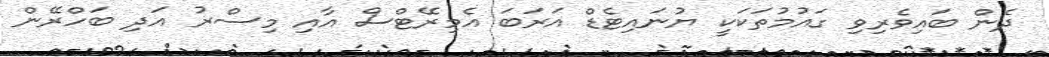
ދެން ބައިވެރިވި ގައުމުތަކަކީ ޔުނައިޓެޑް އަރަބަ އެމިރޭޓްސް އާއި މިސްރު އަދި ބަހްރޭން